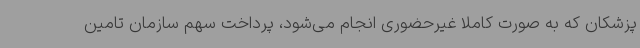
پزشکان که به صورت کاملا غیرحضوری انجام می‌شود، پرداخت سهم سازمان تامین